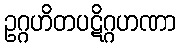
ဥဂ္ဂဟိတပဋိဂ္ဂဟဏာ